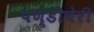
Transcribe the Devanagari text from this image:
पण्डीचेरी